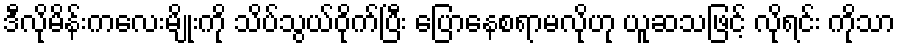
ဒီလိုမိန်းကလေးမျိုးကို သိပ်သွယ်ဝိုက်ပြီး ပြောနေစရာမလိုဟု ယူဆသဖြင့် လိုရင်း ကိုသာ